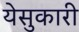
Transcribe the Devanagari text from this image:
येसुकारी